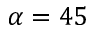
\alpha = 4 5